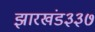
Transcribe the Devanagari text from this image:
झारखंड३३७